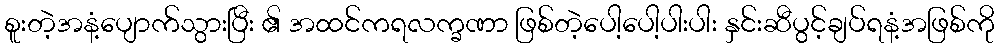
စူးတဲ့အနံ့ပျောက်သွားပြီး ၏ အထင်ကရလက္ခဏာ ဖြစ်တဲ့ပေါ့ပေါ့ပါးပါး နှင်းဆီပွင့်ချပ်ရနံ့အဖြစ်ကို